Civil Veterinary Dept. Bombay admin report 1923-31 - 1923-1931
Year: 1923
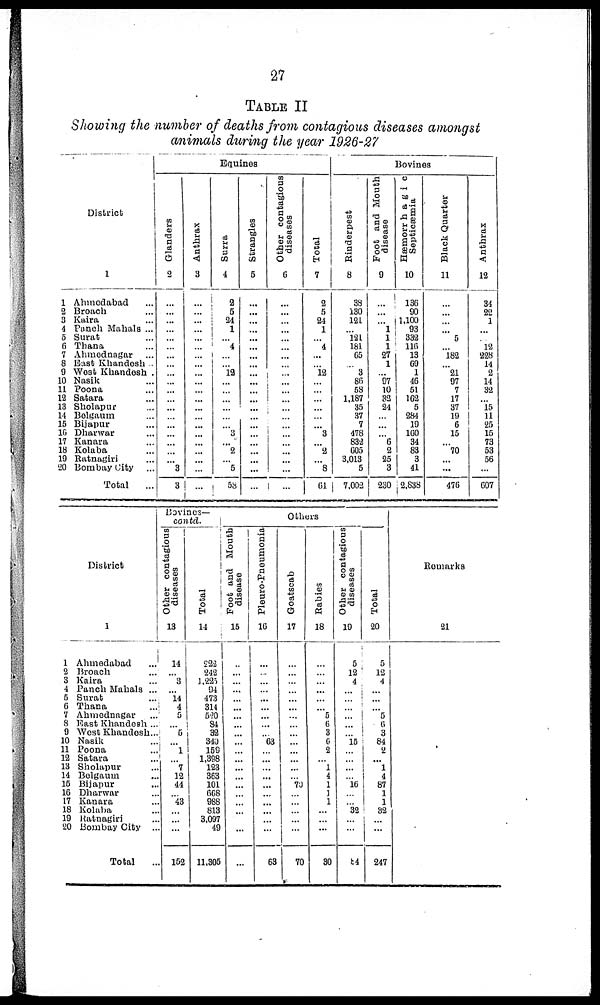
27
TABLE II
Showing the number of deaths from contagious diseases amongst
animals during the year 1926-27
District
1
1 Ahmodabad ...
2 Broach ...
3 Kaira ...
4 Punch Mahals ...
5 Surat ...
6 Thana ...
7 Ahmednagar ...
8 East Khandesh .
9 West Khandesh .
10 Nasik ...
11 Poona ...
12 Satara ...
13 Sholapur ...
14 Bolgaum ...
15 Bijapur ...
16 Dharwar ...
17 Kanara ...
18 Kolaba ...
19 Ratnagiri ...
20 Bombay City ...
Total
Equines
Glanders
2
...
...
...
...
...
...
...
...
...
...
...
...
...
...
...
...
...
...
... 3
3
Anthrax
3
...
...
...
...
...
...
...
...
...
...
...
...
...
...
...
...
...
...
...
...
...
Surra
4
2
5
24
1
... 4
...
...
12
...
...
...
...
...
... 3
... 2
... 5
58
Strangles
5
...
...
...
...
...
...
...
...
...
...
...
...
...
...
...
...
...
...
...
...
...
Other contagious
diseases
6
...
...
...
...
...
...
... ...
... ...
... ...
...
...
...
...
... ...
...
...
...
Total
7
2
5
21
1
... 4
...
... 12
...
...
...
...
...
... 3
... 2
... 8
61
Bovines.
Rinderpest
8
38
130
121
... 12l
181
60
... 3
86
58
1,187
35
37
7
478
832
605
3,013
5
7,002
Foot and Mouth
disease
9
...
...
... 1
1
1
27
1
... 97
10
32
24
...
...
... 6
2
25
3
230
Hæmorrhagic
Septicæmia
10
136
90
1,100
93
332
116
13
69
1
46
51
162
5
284
19
160
34
83
3
41
2,838
Black Quarter
11
...
...
...
... 5
... 182
... 21
97
7
17
37
19
6
15
... 70
... ...
476
Anthrax
12
34
22
1
...
... 12
228
14
2
14
32
... 15 11
25
15
73
53
56
...
607
District
1
1 Ahmedabad ...
2 Broach ...
3 Kaira ...
4 Panch Mahals ...
5 Surat ...
6 Thana ...
7 Ahmednagar ...
8 East Khandesh ...
9 West Khandesh...
10 Nasik ...
11 Poona ...
12 Satara ...
13 Sholapur ...
14 Bolgaum ...
15 Bijapur ...
16 Dharwar
17 Kanara ...
18 Kolaba ...
19 Ratnagiri ...
20 Bombay City ..
Total
Bovines—
contd.
Other contagious
diseases
13
14
... 3
... 14
4
5
... 5
... 1
... 7
12
44
... 43
...
...
...
152
Total
14
222
242
1,225
94
473
314
520
84
32
340
1,159
1,398
123
363
101
668
988
813
3,097
49
11,305
Others
Foot and Mouth
disease
15
...
...
...
...
... ...
...
...
...
...
...
...
...
...
...
...
...
...
...
...
...
Pleuro-Pneumonia
16
...
...
...
...
...
...
...
...
... 63
...
...
...
...
...
...
...
... ...
...
63
Goatscab
17
...
...
...
...
...
...
...
... ...
...
...
...
...
... 73
...
...
...
...
...
70
Rabies
18
...
...
...
...
...
... 5
6
3
6 2
... 1
4
1
1
1
...
...
...
30
Other contagious
diseases
19
5
12
4
...
...
...
...
...
... 15
...
...
...
...
16
...
...
32
...
...
14
Total
20
5
12
4
...
...
... 5
6
3
84
2
...
1
4
87
1
1
32
... ...
247
Remarks
21